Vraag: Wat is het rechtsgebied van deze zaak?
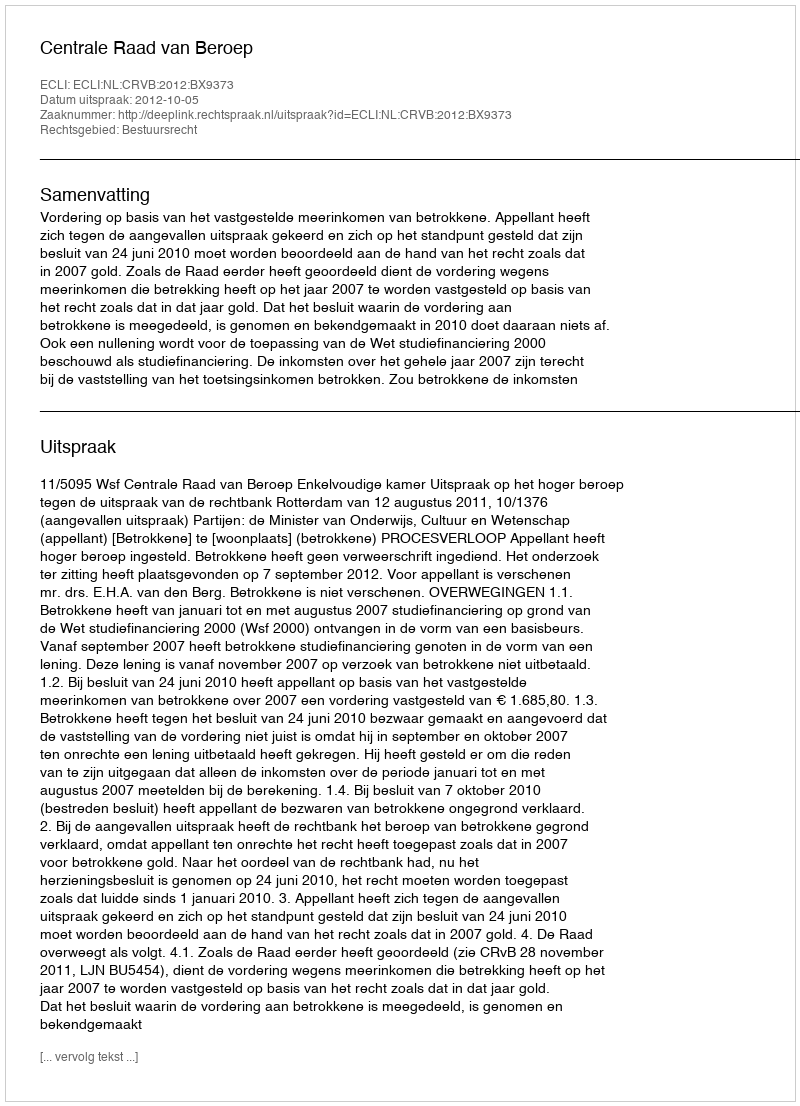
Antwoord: Bestuursrecht